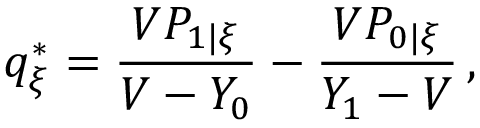
q _ { \xi } ^ { * } = \frac { V P _ { 1 | \xi } } { V - Y _ { 0 } } - \frac { V P _ { 0 | \xi } } { Y _ { 1 } - V } \, ,